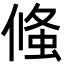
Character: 䖺